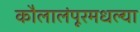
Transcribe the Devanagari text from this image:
कौलालंपूरमधल्या